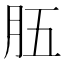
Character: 𦙗